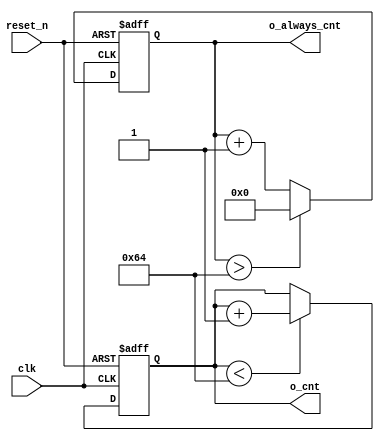
`timescale 1ns/1ns

module counter_100_dw (
    input clk,
    input reset_n,
    output wire[6:0] o_cnt,
    output wire[6:0] o_always_cnt
);

reg [6:0] cnt;
reg [6:0] always_cnt;

always @(posedge clk or negedge reset_n) begin
    if (!reset_n)
        cnt <= 0;
    else if(cnt<100)
        cnt <= cnt + 1;
end
assign o_cnt = cnt;

always @(posedge clk or negedge reset_n) begin
    if(!reset_n)
        always_cnt <= 0;
    else if(always_cnt > 100)
        always_cnt <= 0;
    else
        always_cnt <= always_cnt + 1;    
end
assign o_always_cnt = always_cnt;
    
endmodule